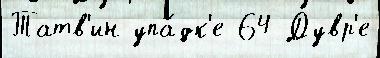
Татв'ин упа́дк'е 64 Дувр'е